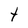
Character: t